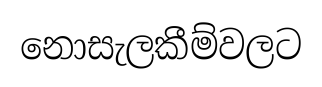
නොසැලකීම්වලට